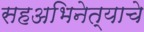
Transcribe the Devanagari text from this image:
सहअभिनेत्याचे